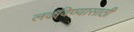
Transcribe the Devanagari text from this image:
लढविण्यासाठी